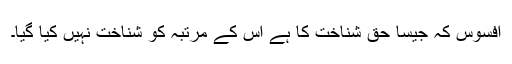
افسوس کہ جیسا حق شناخت کا ہے اس کے مرتبہ کو شناخت نہیں کیا گیا۔